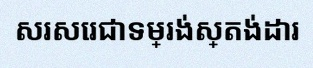
សរសេរជាទម្រង់ស្តង់ដារ